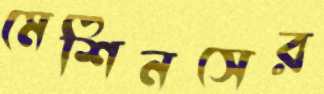
মেশিনসের